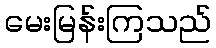
မေးမြန်းကြသည်